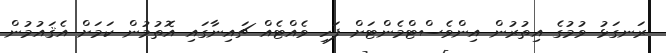
ރަނގަޅު ވުމުގެ އިތުރުން އިންވެސްޓްމެންޓަށް ފަހި ވެއްޓެއް ޗައިނާގައި އޮތުމުން ކަމަށް އެޤައުމުން